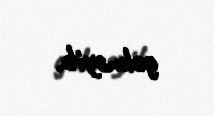
gəlməyib.